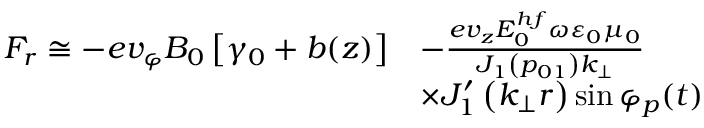
\begin{array} { r l } { F _ { r } \cong - e v _ { \varphi } B _ { 0 } \left[ \gamma _ { 0 } + b ( z ) \right] } & { - \frac { e v _ { z } E _ { 0 } ^ { h f } \omega \varepsilon _ { 0 } \mu _ { 0 } } { J _ { 1 } \left( p _ { 0 1 } \right) k _ { \perp } } } \\ & { \times J _ { 1 } ^ { \prime } \left( k _ { \perp } r \right) \sin \varphi _ { p } ( t ) } \end{array}